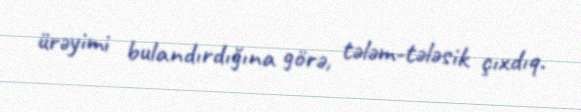
ürəyimi bulandırdığına görə, tələm-tələsik çıxdıq.